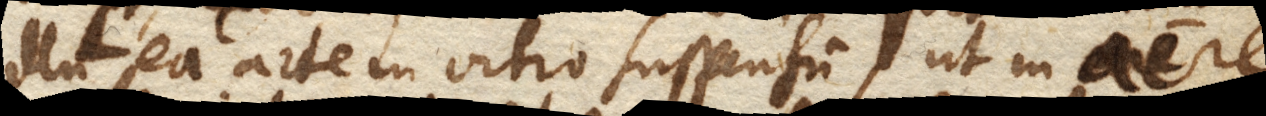
illum ea arte in vitro suspensum, ut in aere